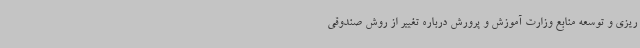
ریزی و توسعه منابع وزارت آموزش و پرورش درباره تغییر از روش صندوقی